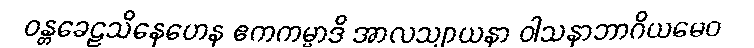
ဝန္တခေဠသိနေဟေန ဧကကမ္မာဒိ အာလသျာယနာ ဝါသနာဘာဂိယမေဝ